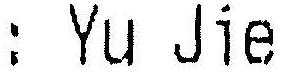
: YU JIE